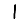
Digit: 1